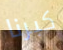
كبرنا